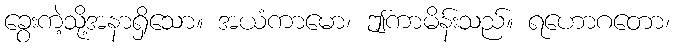
ခွေးကဲ့သို့အနာရှိသော။ အယံကာမော၊ ဤကာမိန်းသည်။ ရဟောဂတော၊